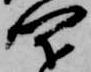
閉